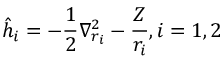
{ \hat { h } } _ { i } = - { \frac { 1 } { 2 } } \nabla _ { r _ { i } } ^ { 2 } - { \frac { Z } { r _ { i } } } , i = 1 , 2